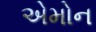
એમોન